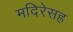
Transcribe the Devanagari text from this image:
मदिरेसह